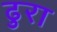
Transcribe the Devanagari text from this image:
ढुरा